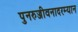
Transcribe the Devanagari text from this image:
पुनरुज्जीवनादरम्यान